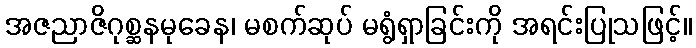
အဇညာဇိဂုစ္ဆနမုခေန၊ မစက်ဆုပ် မရွံရှာခြင်းကို အရင်းပြုသဖြင့်။